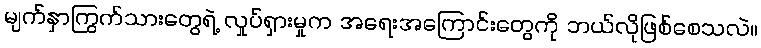
မျက်နှာကြွက်သားတွေရဲ့ လှုပ်ရှားမှုက အရေးအကြောင်းတွေကို ဘယ်လိုဖြစ်စေသလဲ။